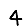
Digit: 4